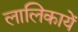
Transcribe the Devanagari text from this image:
लालिकायें